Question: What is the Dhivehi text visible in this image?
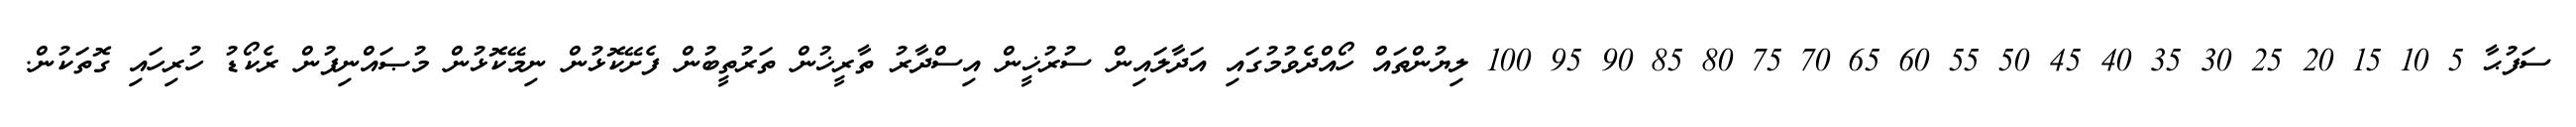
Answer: ސަފުޙާ 5 10 15 20 25 30 35 40 45 50 55 60 65 70 75 80 85 90 95 100 ލިޔުންތައް ހޯއްދެވުމުގައި އަދާލައިން ސުރުޚީން އިސްދާރު ތާރީޚުން ތަރުތީބުން ފެށޭކޮޅުން ނިމޭކޮޅުން މުޞައްނިފުން ރެކޯޑު ހުރިހައި ގޮތަކުން.